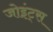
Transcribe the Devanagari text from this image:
जोइंट्स